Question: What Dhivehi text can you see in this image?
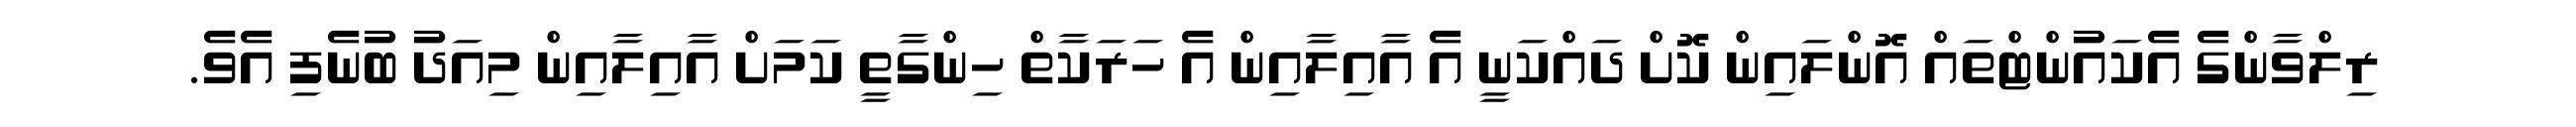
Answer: ރިލްވާންގެ އެކައުންޓްތައް އޮންލައިން ކޮށް ދައްކަނީ އެ އާއިލާއިން އެ ހަރަކާތް ހިންގާތީ ކަމަށް އާއިލާއިން މިއަދު ބުނެފި އެވެ.